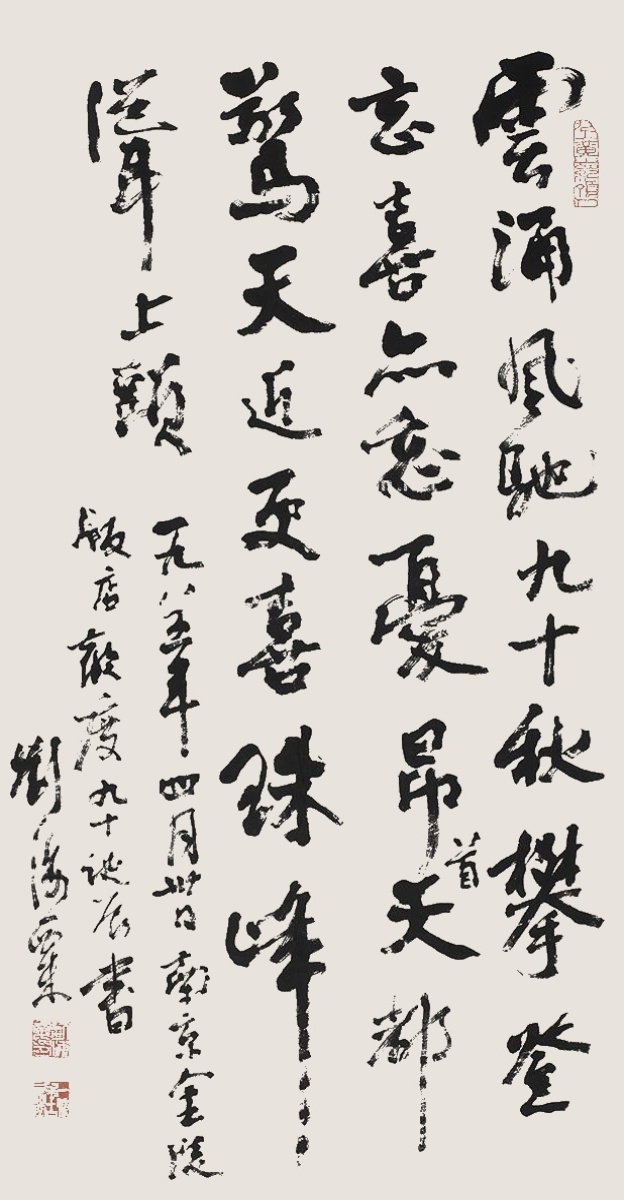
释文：云涌风驰九十秋，攀登忘喜亦忘忧。昂首天都惊天近，更喜珠峰耸上头。一九八五年四月卅日南京金陵饭店欢度九十诞辰书，刘海粟。